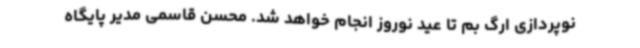
نوپردازی ارگ بم تا عید نوروز انجام خواهد شد. محسن قاسمی مدیر پایگاه